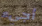
أجيء